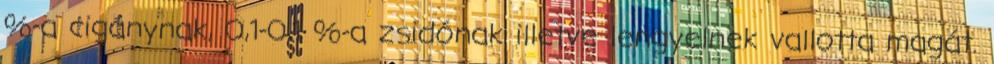
%-a cigánynak, 0,1-0,1 %-a zsidónak illetve lengyelnek vallotta magát.